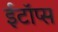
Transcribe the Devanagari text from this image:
ईटॉप्स